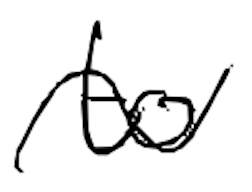
Text: to
Cross-out: wave
Writing tool: digital_black